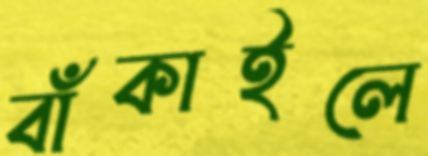
বাঁকাইলে